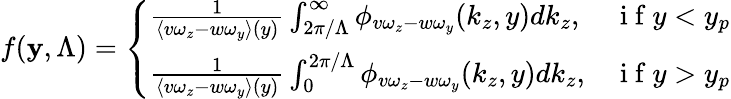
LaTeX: f(\mathbf{y},\Lambda)=\left\{ \begin{array}{ll}{\frac{1}{\langle v\omega_{z}-w\omega_{y}\rangle(y)}\int_{2\pi/\Lambda}^{\infty}\phi_{v\omega_{z}-w\omega_{y}}(k_{z},y)dk_{z},}&{\mathrm{~i~f~}y<y_{p}}\\ {\frac{1}{\langle v\omega_{z}-w\omega_{y}\rangle(y)}\int_{0}^{2\pi/\Lambda}\phi_{v\omega_{z}-w\omega_{y}}(k_{z},y)dk_{z},}&{\mathrm{~i~f~}y>y_{p}}\end{array}\right.